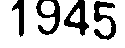
1945